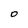
Character: 0